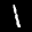
Label: 1